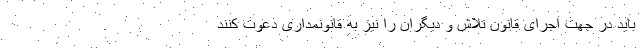
باید در جهت اجرای قانون تلاش و دیگران را نیز به قانونمداری دعوت کنند